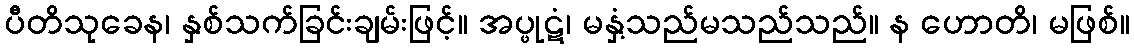
ပီတိသုခေန၊ နှစ်သက်ခြင်းချမ်းဖြင့်။ အပ္ဖုဋံ၊ မနှံ့သည်မသည်သည်။ န ဟောတိ၊ မဖြစ်။